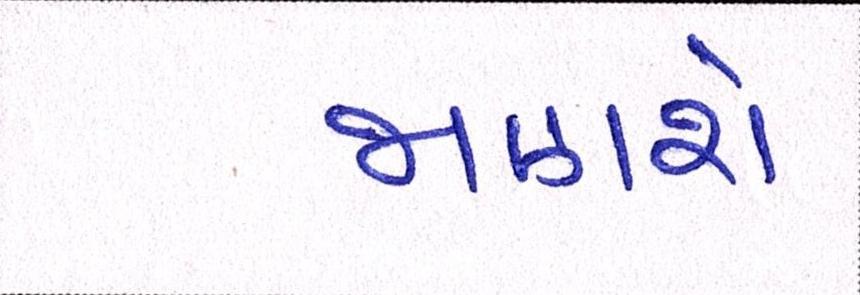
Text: જાણશે